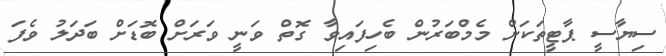
ސިޔާސީ ޕާޓީތަކަށް މެމްބަރުން ބެހިފައިވާ ގޮތް ވަނީ ވަރަށް ބޮޑަށް ބަދަލު ވެފަ